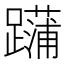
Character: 𨆶